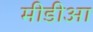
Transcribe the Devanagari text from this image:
मीडीआ